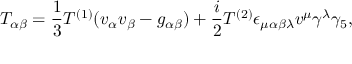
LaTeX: { \cal T } _ { \alpha \beta } = \frac { 1 } { 3 } T ^ { ( 1 ) } ( v _ { \alpha } v _ { \beta } - g _ { \alpha \beta } ) + \frac { i } { 2 } T ^ { ( 2 ) } \epsilon _ { \mu \alpha \beta \lambda } v ^ { \mu } \gamma ^ { \lambda } \gamma _ { 5 } ,